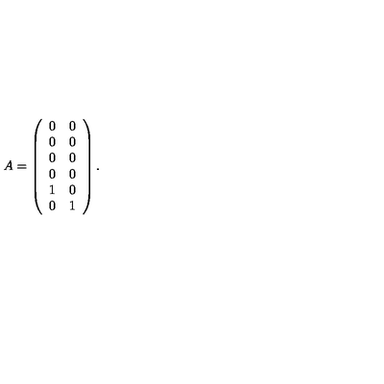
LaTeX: A = \left( \begin{array} { c c } { 0 } & { 0 } \\ { 0 } & { 0 } \\ { 0 } & { 0 } \\ { 0 } & { 0 } \\ { 1 } & { 0 } \\ { 0 } & { 1 } \\ \end{array} \right) .